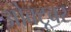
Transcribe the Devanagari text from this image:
ओक्टूबर